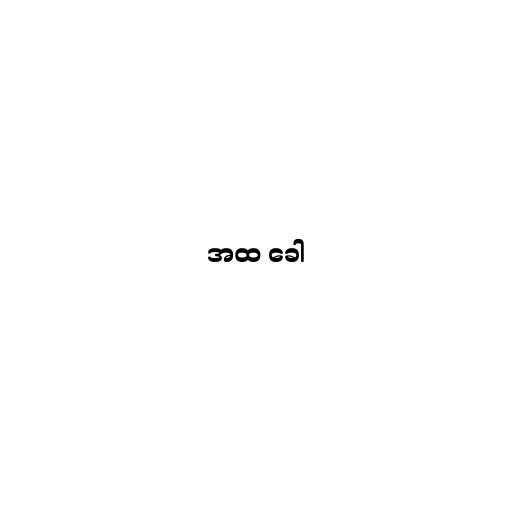
အထ ခေါ